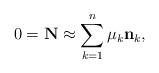
LaTeX: \begin{align*} 0 = {\bf N} \approx \sum_{k=1}^n \mu_k {\bf n}_k,\end{align*}